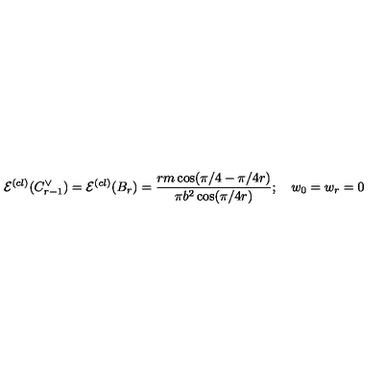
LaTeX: \mathcal { E } ^ { ( c l ) } ( C _ { r - 1 } ^ { \vee } ) = \mathcal { E } ^ { ( c l ) } ( B _ { r } ) = \frac { r m \cos ( \pi / 4 - \pi / 4 r ) } { \pi b ^ { 2 } \cos ( \pi / 4 r ) } ; \quad w _ { 0 } = w _ { r } = 0